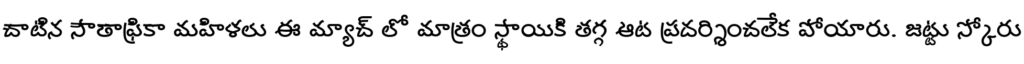
చాటిన సౌతాఫ్రికా మహిళలు ఈ మ్యాచ్ లో మాత్రం స్థాయికి తగ్గ ఆట ప్రదర్శించలేక పోయారు. జట్టు స్కోరు